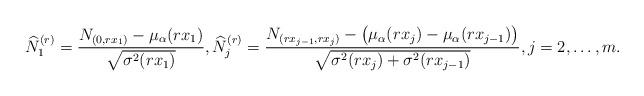
LaTeX: \begin{align*}\widehat{N}_{1}^{(r)} = \frac{N_{(0,rx_{1})}-\mu_{\alpha}(rx_{1})}{\sqrt{\sigma^{2}(rx_{1})}}, \widehat{N}_{j}^{(r)} = \frac{N_{(rx_{j-1},rx_{j})}-\big(\mu_{\alpha}(rx_{j}) - \mu_{\alpha}(rx_{j-1})\big)}{\sqrt{\sigma^{2}(rx_{j})+\sigma^{2}(rx_{j-1})}}, j=2,\ldots,m.\end{align*}